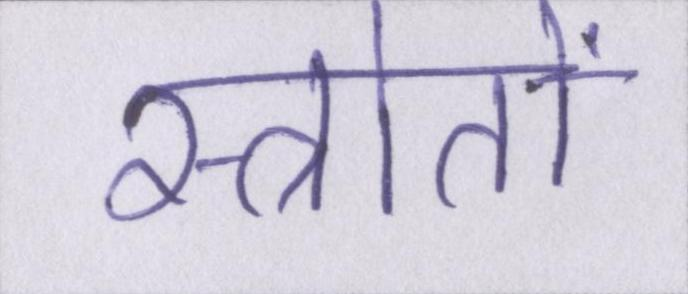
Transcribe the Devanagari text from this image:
स्त्रोतों